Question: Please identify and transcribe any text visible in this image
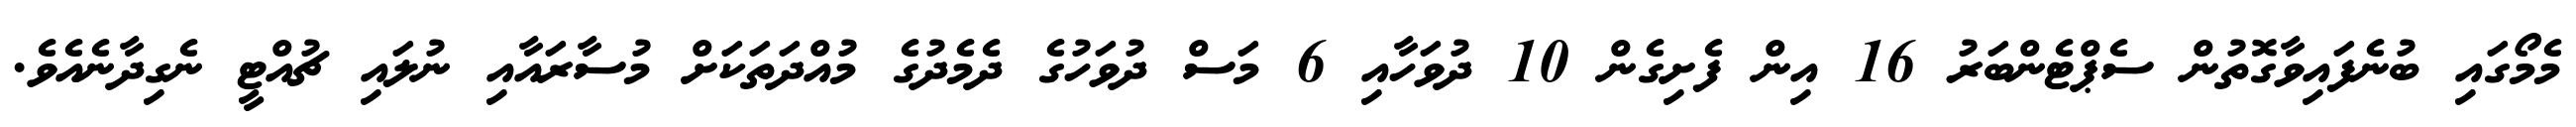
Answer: މެމޯގައި ބުނެފައިވާގޮތުން ސެޕްޓެންބަރު 16 އިން ފެށިގެން 10 ދުވަހާއި 6 މަސް ދުވަހުގެ ދެމެދުގެ މުއްދަތަކަށް މުސާރައާއި ނުލައި ޗުއްޓީ ނެގިދާނެއެވެ.